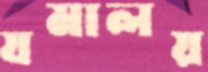
যমালয়